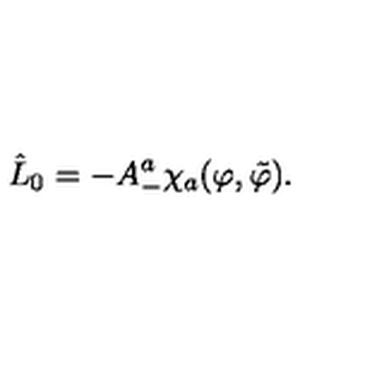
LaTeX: \hat { L } _ { 0 } = - A _ { - } ^ { a } \chi _ { a } ( \varphi , \tilde { \varphi } ) .